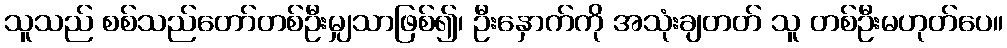
သူသည် စစ်သည်တော်တစ်ဦးမျှသာဖြစ်၍၊ ဦးနှောက်ကို အသုံးချတတ် သူ တစ်ဦးမဟုတ်ပေ။